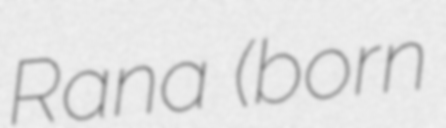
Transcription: Rana (born